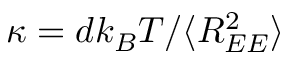
\kappa = d k _ { B } T / \langle R _ { E E } ^ { 2 } \rangle